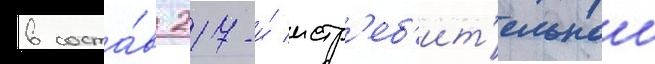
в соста́в 217-и́ истр'еб'ит'ельнои